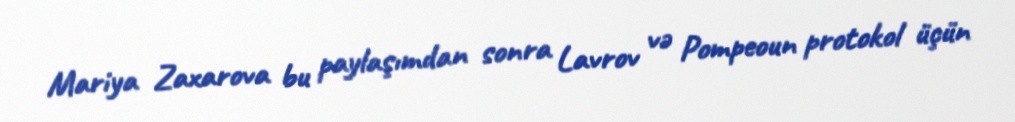
Mariya Zaxarova bu paylaşımdan sonra Lavrov və Pompeoun protokol üçün